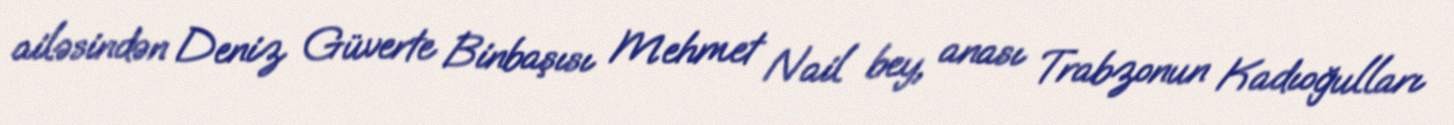
ailəsindən Deniz Güverte Binbaşısı Mehmet Nail bey, anası Trabzonun Kadıoğulları